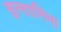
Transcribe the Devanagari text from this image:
सुल्तानिना